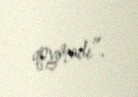
qoymadı”.